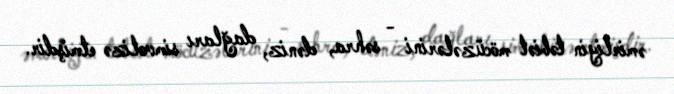
əmirliyin təbiət möcüzələrini - səhra, dəniz, dağları simvolizə etmişdir.